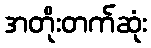
အတိုးတက်ဆုံး